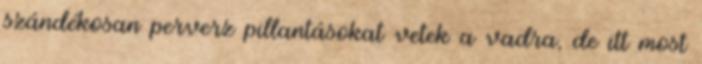
szándékosan perverz pillantásokat vetek a vadra, de itt most